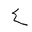
Letter: _ayn